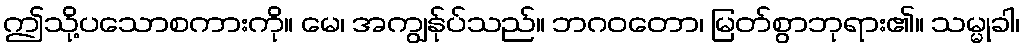
ဤသို့ပသောစကားကို။ မေ၊ အကျွန်ုပ်သည်။ ဘဂဝတော၊ မြတ်စွာဘုရား၏။ သမ္မုခါ၊